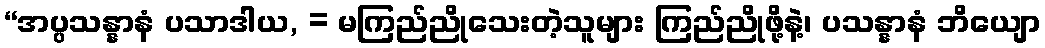
“အပ္ပသန္နာနံ ပသာဒါယ, = မကြည်ညိုသေးတဲ့သူများ ကြည်ညိုဖို့နဲ့၊ ပသန္နာနံ ဘိယျော